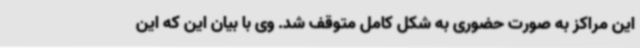
این مراکز به صورت حضوری به شکل کامل متوقف شد. وی با بیان این که این